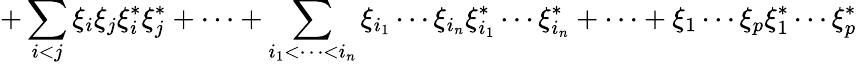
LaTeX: +\sum_{i<j}\xi_{i}\xi_{j}\xi_{i}^{*}\xi_{j}^{*}+\cdots+\sum_{i_{1}<\cdots<i_{n}}\xi_{i_{1}}\cdots\xi_{i_{n}}\xi_{i_{1}}^{*}\cdots\xi_{i_{n}}^{*}+\cdots+\xi_{1}\cdots\xi_{p}\xi_{1}^{*}\cdots\xi_{p}^{*}